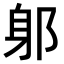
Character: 𨈕